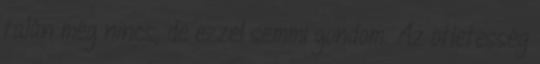
talán még nincs, de ezzel semmi gondom. Az ötletesség